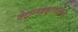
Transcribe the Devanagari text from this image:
वेदान्तप्रकरणत्वात्